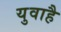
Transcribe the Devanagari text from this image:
युवाहै